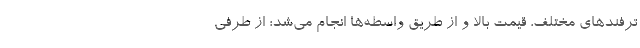
ترفندهای مختلف، قیمت بالا و از طریق واسطه‌ها انجام می‌شد؛ از طرفی